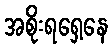
အစိုးရရှေ့နေ